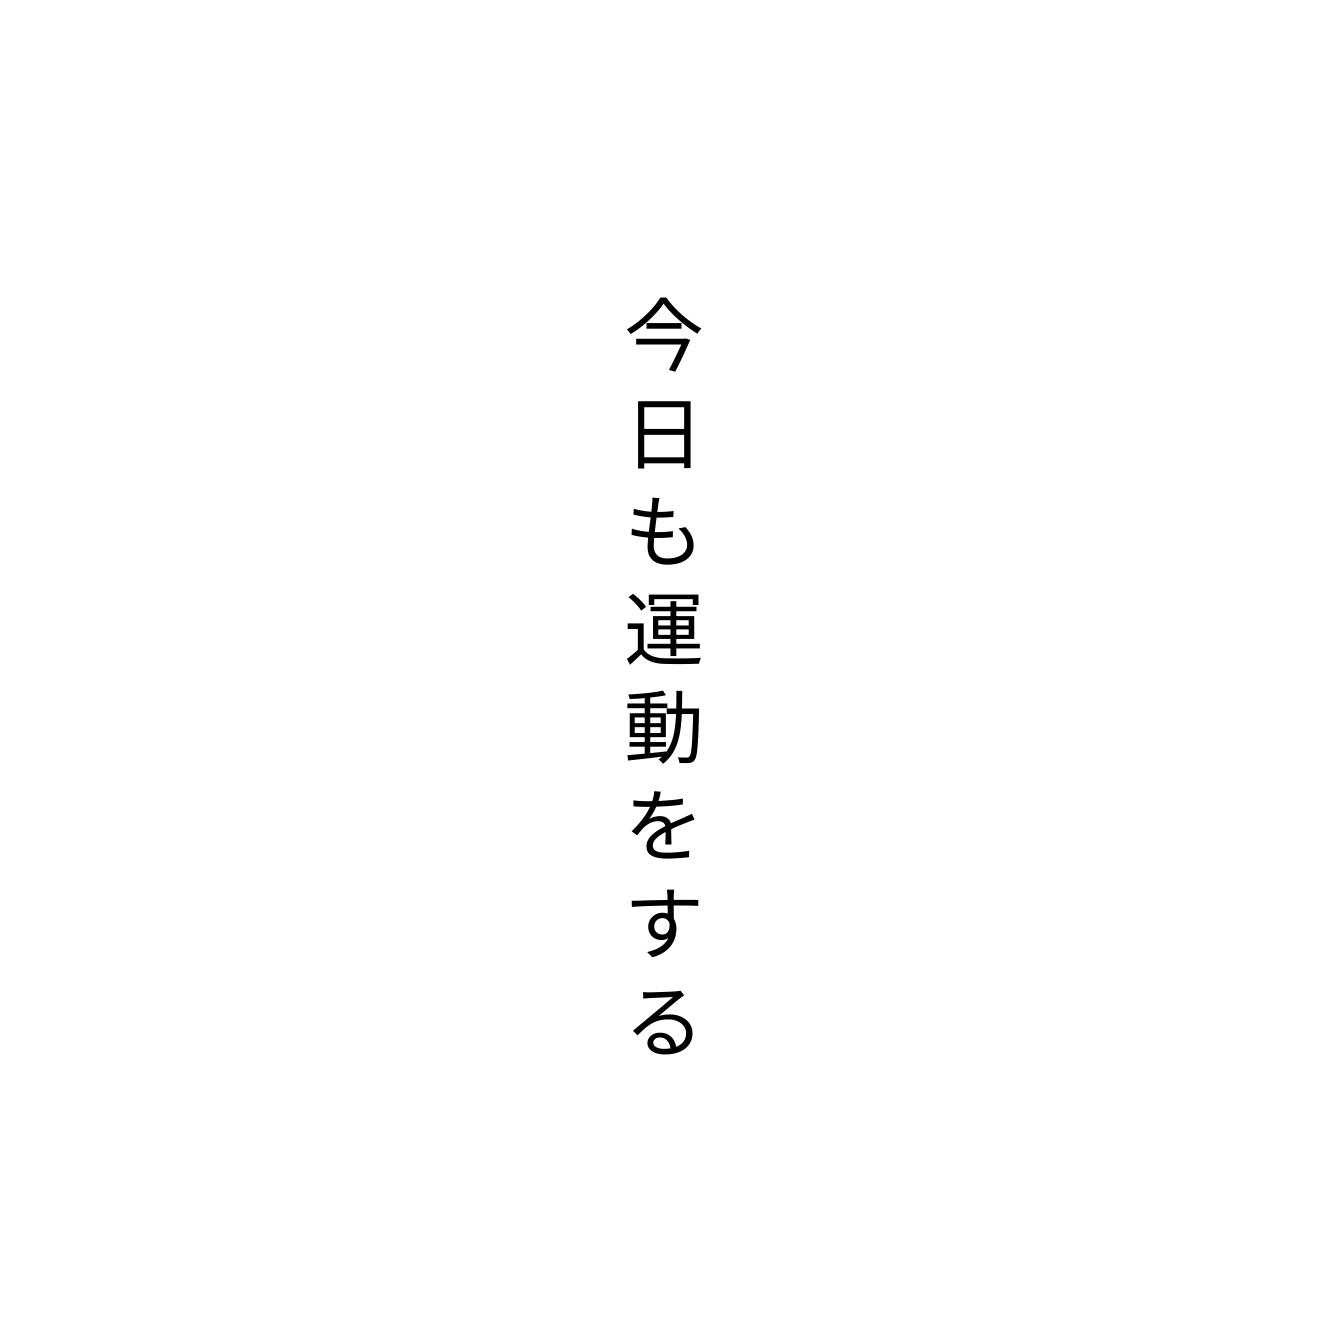
今日も運動をする